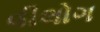
વીલોગ